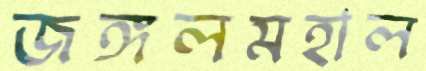
জঙ্গলমহাল